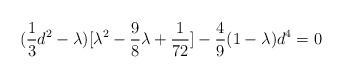
LaTeX: \begin{align*}({1\over3}d^2-\lambda)[\lambda^2-{9\over 8}\lambda+{1\over 72}]-{4\over 9}(1-\lambda)d^4=0\end{align*}